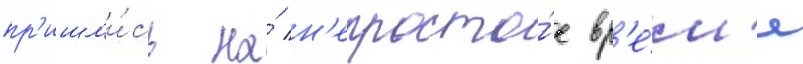
пр'ишл'и́сь на́ н'епросто́е вр'е́м'я